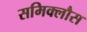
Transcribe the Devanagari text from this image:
समिक्लौस